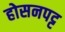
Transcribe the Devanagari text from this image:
होसनपट्ट